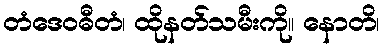
တံဒေဝဓီတံ၊ ထိုနတ်သမီးကို။ နောတိ၊